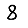
Digit: 8